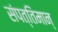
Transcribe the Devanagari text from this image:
संपत्तिमान्